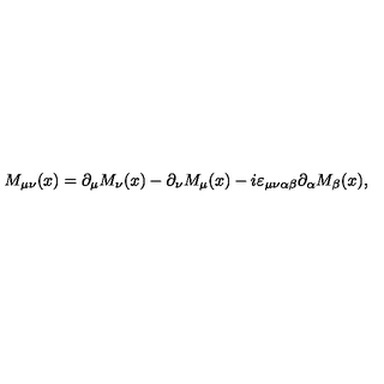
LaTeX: M _ { \mu \nu } ( x ) = \partial _ { \mu } M _ { \nu } ( x ) - \partial _ { \nu } M _ { \mu } ( x ) - i \varepsilon _ { \mu \nu \alpha \beta } \partial _ { \alpha } M _ { \beta } ( x ) ,